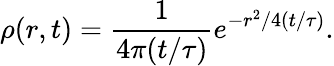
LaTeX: \rho(r,t)=\frac{1}{4\pi(t/\tau)}e^{-r^{2}/4(t/\tau)}.